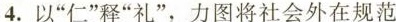
4.以”仁”释”礼”，力图将社会外在规范